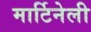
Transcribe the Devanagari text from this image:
मार्टिनेली